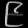
Digit: ၉